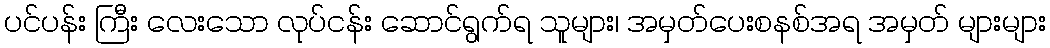
ပင်ပန်း ကြီး လေးသော လုပ်ငန်း ဆောင်ရွက်ရ သူများ၊ အမှတ်ပေးစနစ်အရ အမှတ် များများ